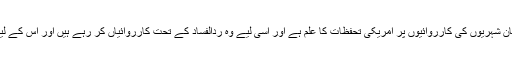
جنرل قمر جاوید باجوہ نے کہا کہ پاکستان کو افغان شہریوں کی کارروائیوں پر امریکی تحفظات کا علم ہے اور اسی لیے وہ ردالفساد کے تحت کارروائیاں کر رہے ہیں اور اس کے لیے افغان مہاجرین کا اپنے ملک لوٹنا بہت اہم ہے۔